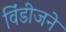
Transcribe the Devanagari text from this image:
विंडीजने